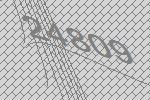
24809